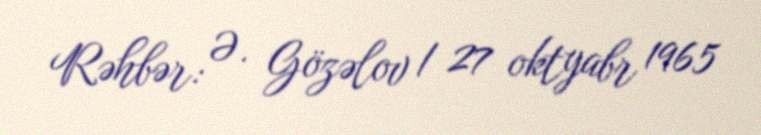
Rəhbər: Ə. Gözəlov / 27 oktyabr 1965